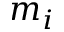
m _ { i }